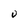
Character: U